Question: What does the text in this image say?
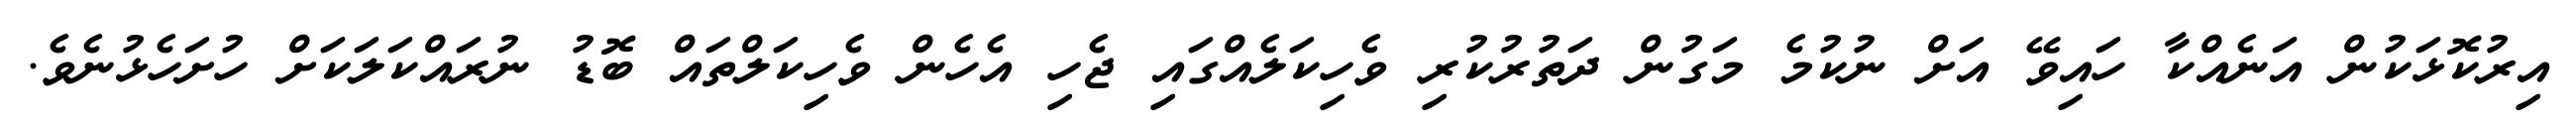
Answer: އިރުކޮޅަކުން އަނެއްކާ ހައިވޭ އަށް ނުކުމެ މަގުން ދަތުރުކުރި ވެހިކަލެއްގައި ޖެހި އެހެން ވެހިކަލްތައް ބޮޑު ނުރައްކަލަކަށް ހުށަހެޅުނެވެ.